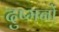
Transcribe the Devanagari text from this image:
दुष्मनों